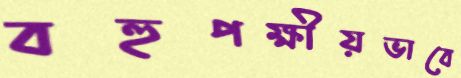
বহুপক্ষীয়ভাবে